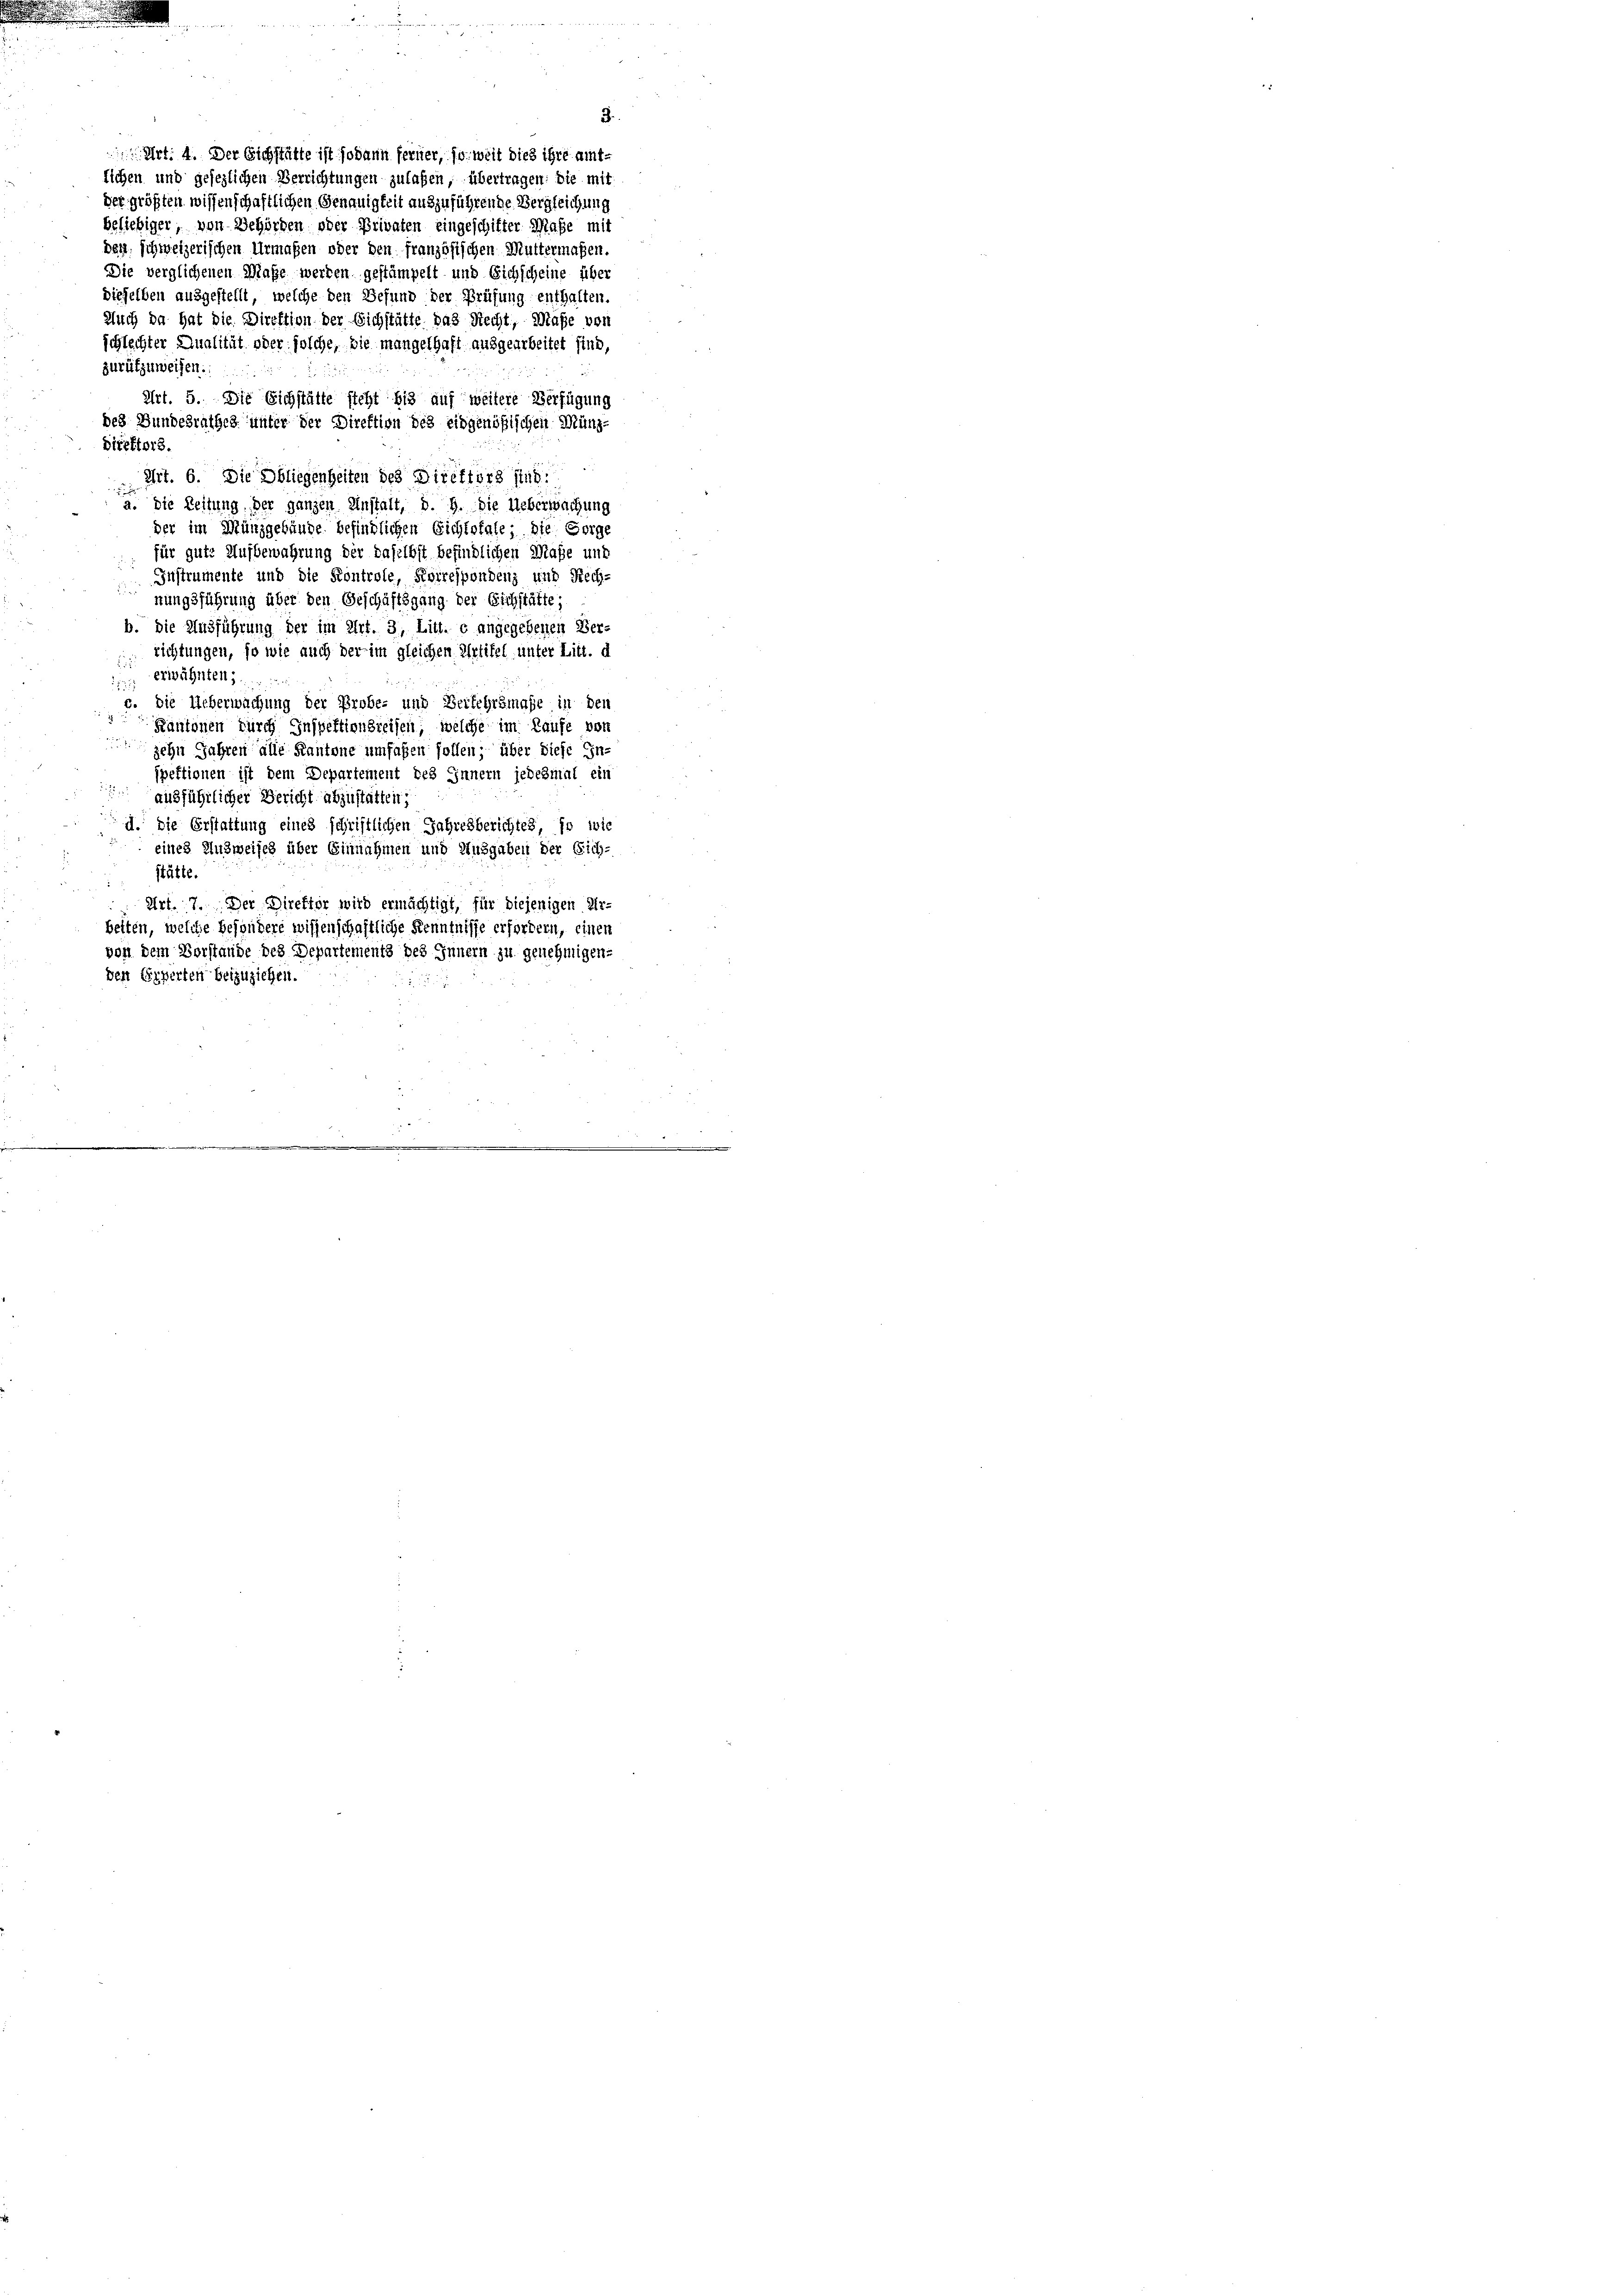
Art: 4. Der Sichstätte ist sodann ferner, so weit dies ihre amtlichen und gesezlichen Verrichtungen zulaßen, übertragen: die mit
der größten wissenschaftlichen Genauigkeit auszuführende Vergleichung
beliebiger, von Behörden oder Privaten eingeschitter Maße mit
ben schweizerischen Urmaßen oder den französischen Muttermaßen.
Die verglichenen Maße werden gestämpelt und Eichscheine über
dieselben ausgestellt, welche den Gesund der Prüfung enthalten.
Auch da hat die Direktion der Eichstätte das Recht, Maße von
schlechter Qualität oder solche, die mangelhaft ausgearbeitet sind,
zurükzuweisen.
Art. 5. Die Eichstätte steht bis auf weitere Verfügung
des Bundesrathes unter der Direktion des eidgenößischen Münz-
Direktors.
Art. 6. Die Obliegenheiten des Direktors sind.
a. die Zeitung, der ganzen Anstalt, d. 9. Die Ueberwachung
der im Münzgebäude befindlichen Eichtofale; die Sorge
für gute Aufbewahrung der daselbst befindlichen Maße und
Instrumente und die Kontrole, Korrespondenz und Rech-
nungsführung über den Geschäftsgang der Eichstätte;
b. Die Ausführung der im Art. 3, Litt. c angegebenen Verrichtungen, so wie auch der im gleichen Artikel unter Litt. d
 erwähnten;
5
c. Die Ueberwachung der Probe- und Beitehrsmasse in den
Kantonen durch Inspektionsreisen, welche im Laufe vor
zehn Jahren alle Kantone umfaßen sollen; über diese Ein-
spektionen ist dem Departement des Innern jedesmal ein
ausführlicher Bericht abzustatten;
d. die Erstattung eines schriftlichen Jahresberichtes, so wie
eines Ausweises über Einnahmen und Ausgaben der Sich-
stätte.
Art. 7. Der Direktor wird ermächtigt, für diejenigen Er-
betten, welche besondere wissenschaftliche Kenntnisse erfordern, einen
von dem Vorstande des Departements des Innern zu genehmigen-
den Experten beizuziehen.

3.